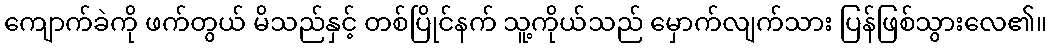
ကျောက်ခဲကို ဖက်တွယ် မိသည်နှင့် တစ်ပြိုင်နက် သူ့ကိုယ်သည် မှောက်လျက်သား ပြန်ဖြစ်သွားလေ၏။